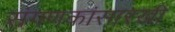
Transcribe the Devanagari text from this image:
संगणकांसारखी